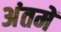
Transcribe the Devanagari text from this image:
अंतमें